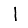
Digit: 1